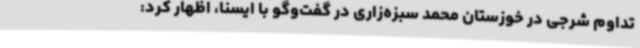
تداوم شرجی در خوزستان محمد سبزه‌زاری در گفت‌وگو با ایسنا، اظهار کرد: